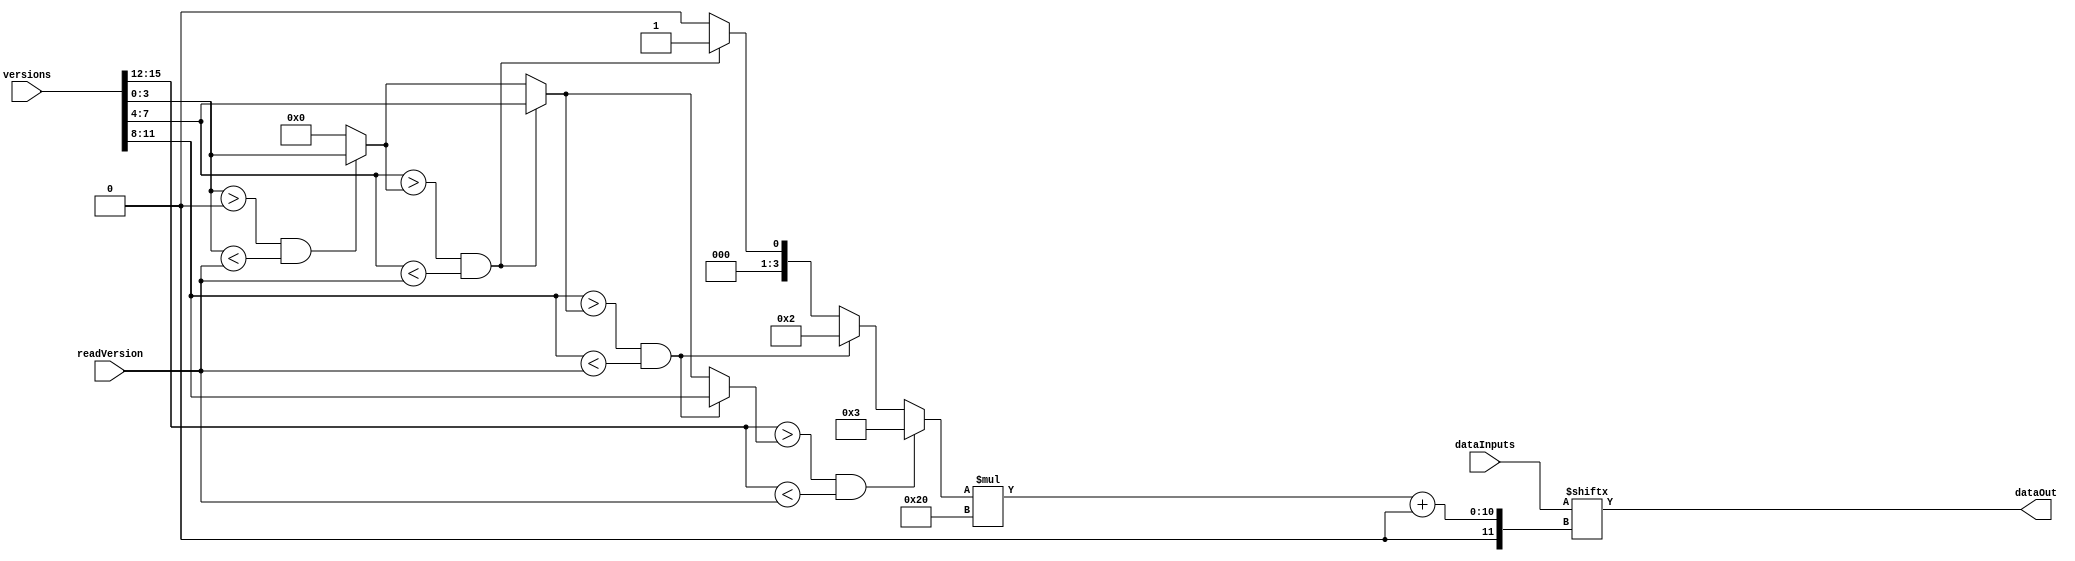
`ifndef __PRIORITYROUTER__
`define __PRIORITYROUTER__

module priorityRouter
#(
  parameter DATA_WIDTH = 32,
  parameter VERSION_WIDTH = 4,
  parameter VERSION_NUM = 4
)
(
  // take in input val and version num and read input with version num and
  // output the nearest version inside with a version num less than input
  // version num 
  input [VERSION_WIDTH * VERSION_NUM - 1:0] versions, 

  input [DATA_WIDTH * VERSION_NUM - 1:0]    dataInputs, 

  input [VERSION_WIDTH - 1:0]               readVersion, 

  output reg [DATA_WIDTH - 1:0]             dataOut
);

  integer i;

  reg [VERSION_NUM - 1:0] index;
  reg [VERSION_WIDTH - 1:0] greatest;

  always @(*)
  begin
    index = 0;
    greatest = 0;
    for(i = 0; i < VERSION_NUM; i = i + 1)
    begin
      $display("current: %b\npossibleNew: %b\nlimit: %b\n", greatest, versions[i * VERSION_WIDTH +:VERSION_WIDTH], readVersion);
      if(versions[i * VERSION_WIDTH +:VERSION_WIDTH] > greatest && versions[i * VERSION_WIDTH +:VERSION_WIDTH] < readVersion)
      begin
        index = i;
        greatest = versions[i * VERSION_WIDTH +:VERSION_WIDTH];
      end
    end
    $display("final: %b\n", greatest);


    dataOut = dataInputs[index * DATA_WIDTH +:DATA_WIDTH];
  end

endmodule

`endif